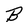
Character: B